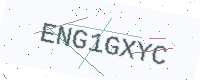
Text: ENG1GXYC